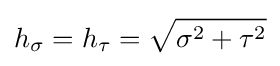
h_{\sigma }=h_{\tau }={\sqrt {\sigma ^{2}+\tau ^{2}}}